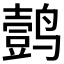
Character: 𱊦